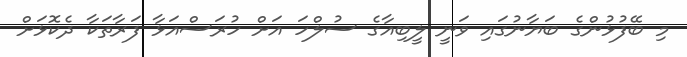
މި ބޭފުޅުންގެ ބަޔާނުގައި ވަނީ ލީބިއާގެ ސުލްހަ އަށް ހުރަސްއަޅާ ފަރާތަކާ ދެކޮޅަށް